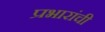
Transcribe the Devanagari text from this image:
प्रभारांची